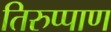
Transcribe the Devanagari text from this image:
तिरुप्पाण